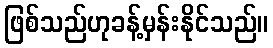
ဖြစ်သည်ဟုခန့်မှန်းနိုင်သည်။